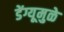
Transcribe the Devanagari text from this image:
डेंग्यूमुळे